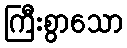
ကြီးစွာသော